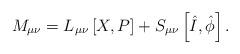
LaTeX: \begin{align*}M_{\mu \nu }=L_{\mu \nu }\left[ X,P\right] +S_{\mu \nu }\left[ \hat I,\hat \phi \right] . \end{align*}